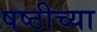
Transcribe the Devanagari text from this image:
षष्ठीच्या